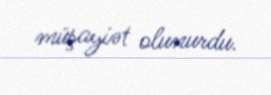
müşayiət olunurdu.